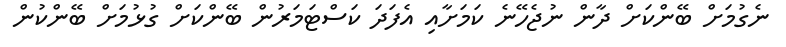
ނެގުމަށް ބޭންކަށް ދާން ނުޖެހޭނެ ކަމަށާއި އެފަދަ ކަސްޓަމަރުން ބޭންކަށް ގުޅުމަށް ބޭންކުން